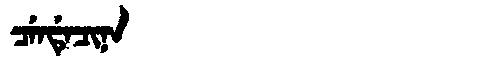
Manchu: ᠴᡝᠨᡩᡝᠴᡳᠨᠠ
Romanization: CENDECINA